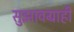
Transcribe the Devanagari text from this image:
सुझावग्राही